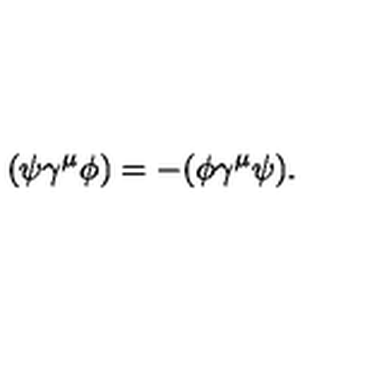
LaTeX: ( \psi \gamma ^ { \mu } \phi ) = - ( \phi \gamma ^ { \mu } \psi ) .